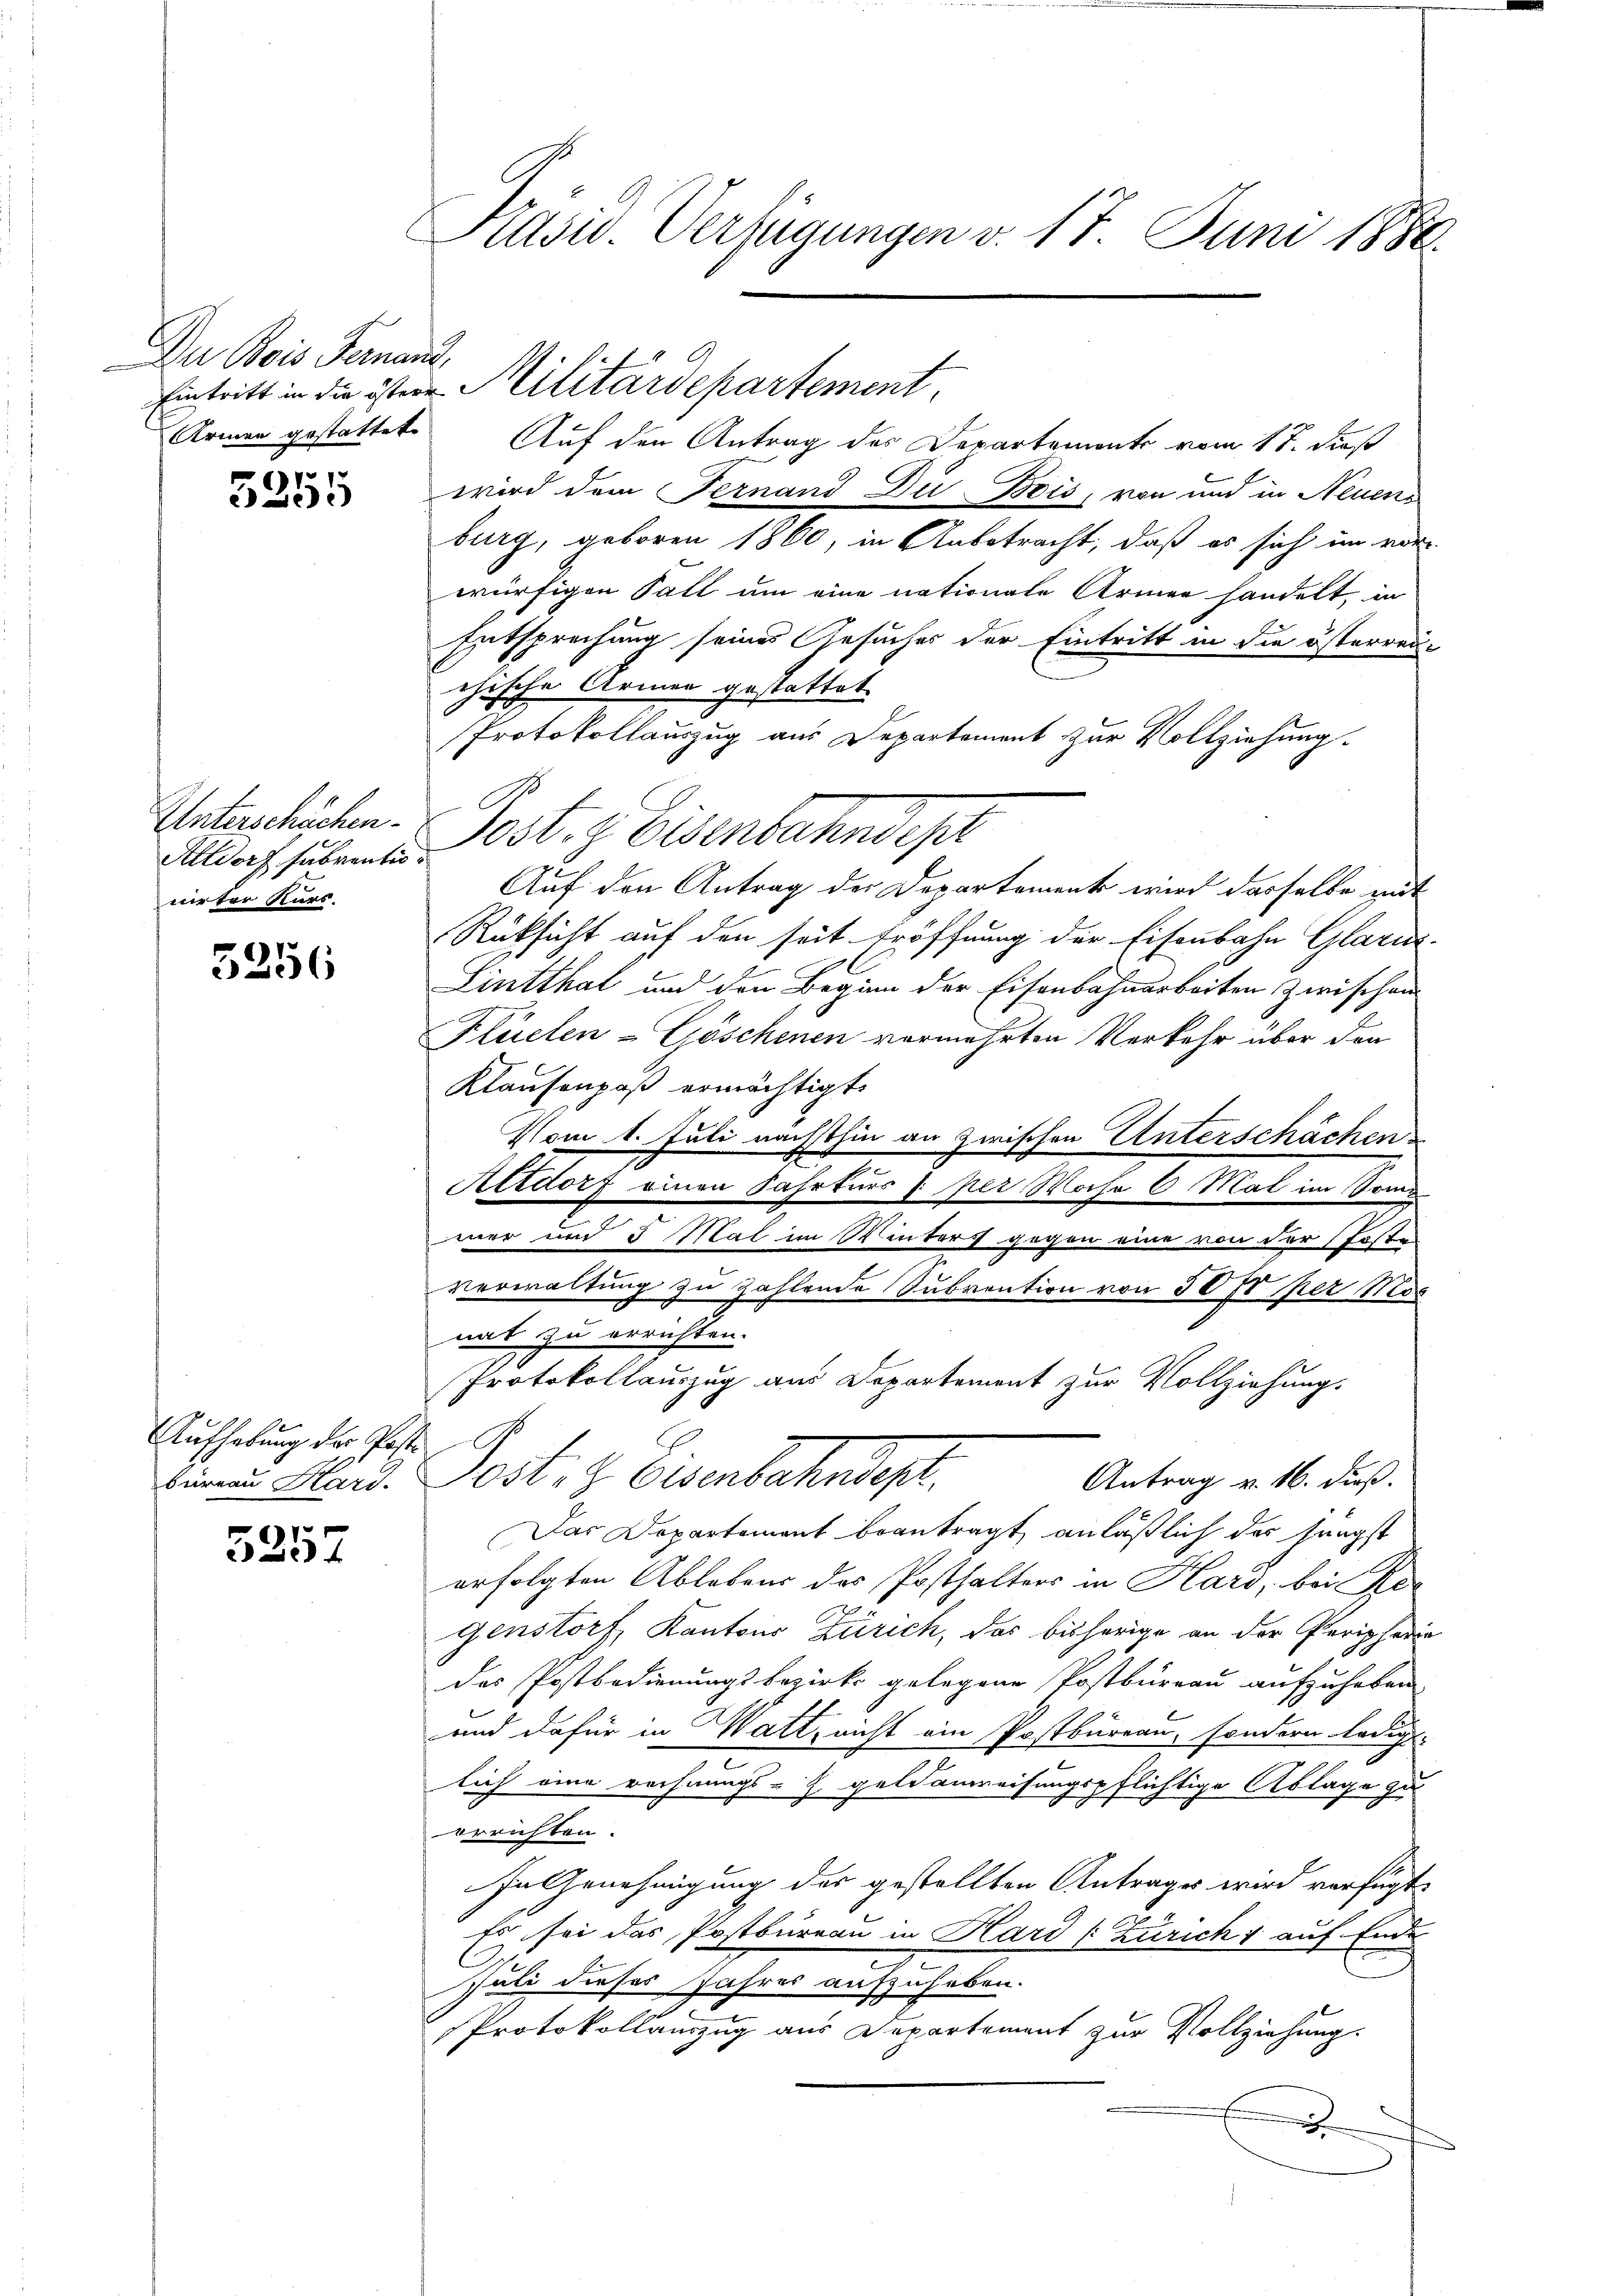
Der Bois Fernand,
Armen gestattet.

61
e)

Unterschüchen
Altdorf subventionirter Kurs.

5256

Aufhebung der Post.
büreau Kars.

5257

Präsid. Verfügungen v. 17. Juni 1886.

Eintritt in die östere Militärdepartement

burg, geboren 1860, in Anbetracht, daß es sich im vor-
würfigen Fall um eine nationale Armen handelt, in
Entsprechung seines Gesuches der Eintritt in die österrei-
chische Armen gestattet.
Protokollauszug aus Departement zur Vollziehung.
Auf den Antrag der Departement wird dasselbe mit
Rüksicht auf den seit Eröffnung der Eisenbahn Glarus
Linthal und den Beginn der Eisenbahnarbeiten zwischen
Klüelen-Göschenen vermehrten Verkehr über den
Klausenpas ermächtigt.
Vom 1. Juli nächsthin an zwischen Unterschächen
Altdorf einen Fahrturs à per Woche 6 Mal im Som
wer und 5 Mal im Winters gegen eine von der Poste
Verwaltung zu zahlende Subvention von 50 fr per Mos
nat zu errichten.
Protokollauszug aus Departement zur Vollziehungs
G
est. 8 Eisenbahndept.
Antrag v. 16. dieß.
Das Departement beantragt, anläßlich des Jüngst
erfolgten Ablebens des Posthalters in Hard, bei Kon-
genstorf, Kantons Zürich, das bisherige an der Peripherig
des Postbedienungsbezirks gelegene Postbureau aufzuheben
und dafür in Watt, nicht ein Postbureau, sondern ledig
e
lich eine rechnungs- u. gale anweisungspflichtige Ablage zu
errichten.
In Genehmigung der gestellten Antrages wird verfügt:
Es sei das Postbureau in Hard (Zürich & auf Ende
Juli dieses Jahres aufzuheben.
Protokollauszug aus Departement zur Vollziehung.
i

Post. z. Eisenbahndep

Auf den Antrag des Departement vom 17. Daß
wird dem Fernand Du Bois, von und in Neuen